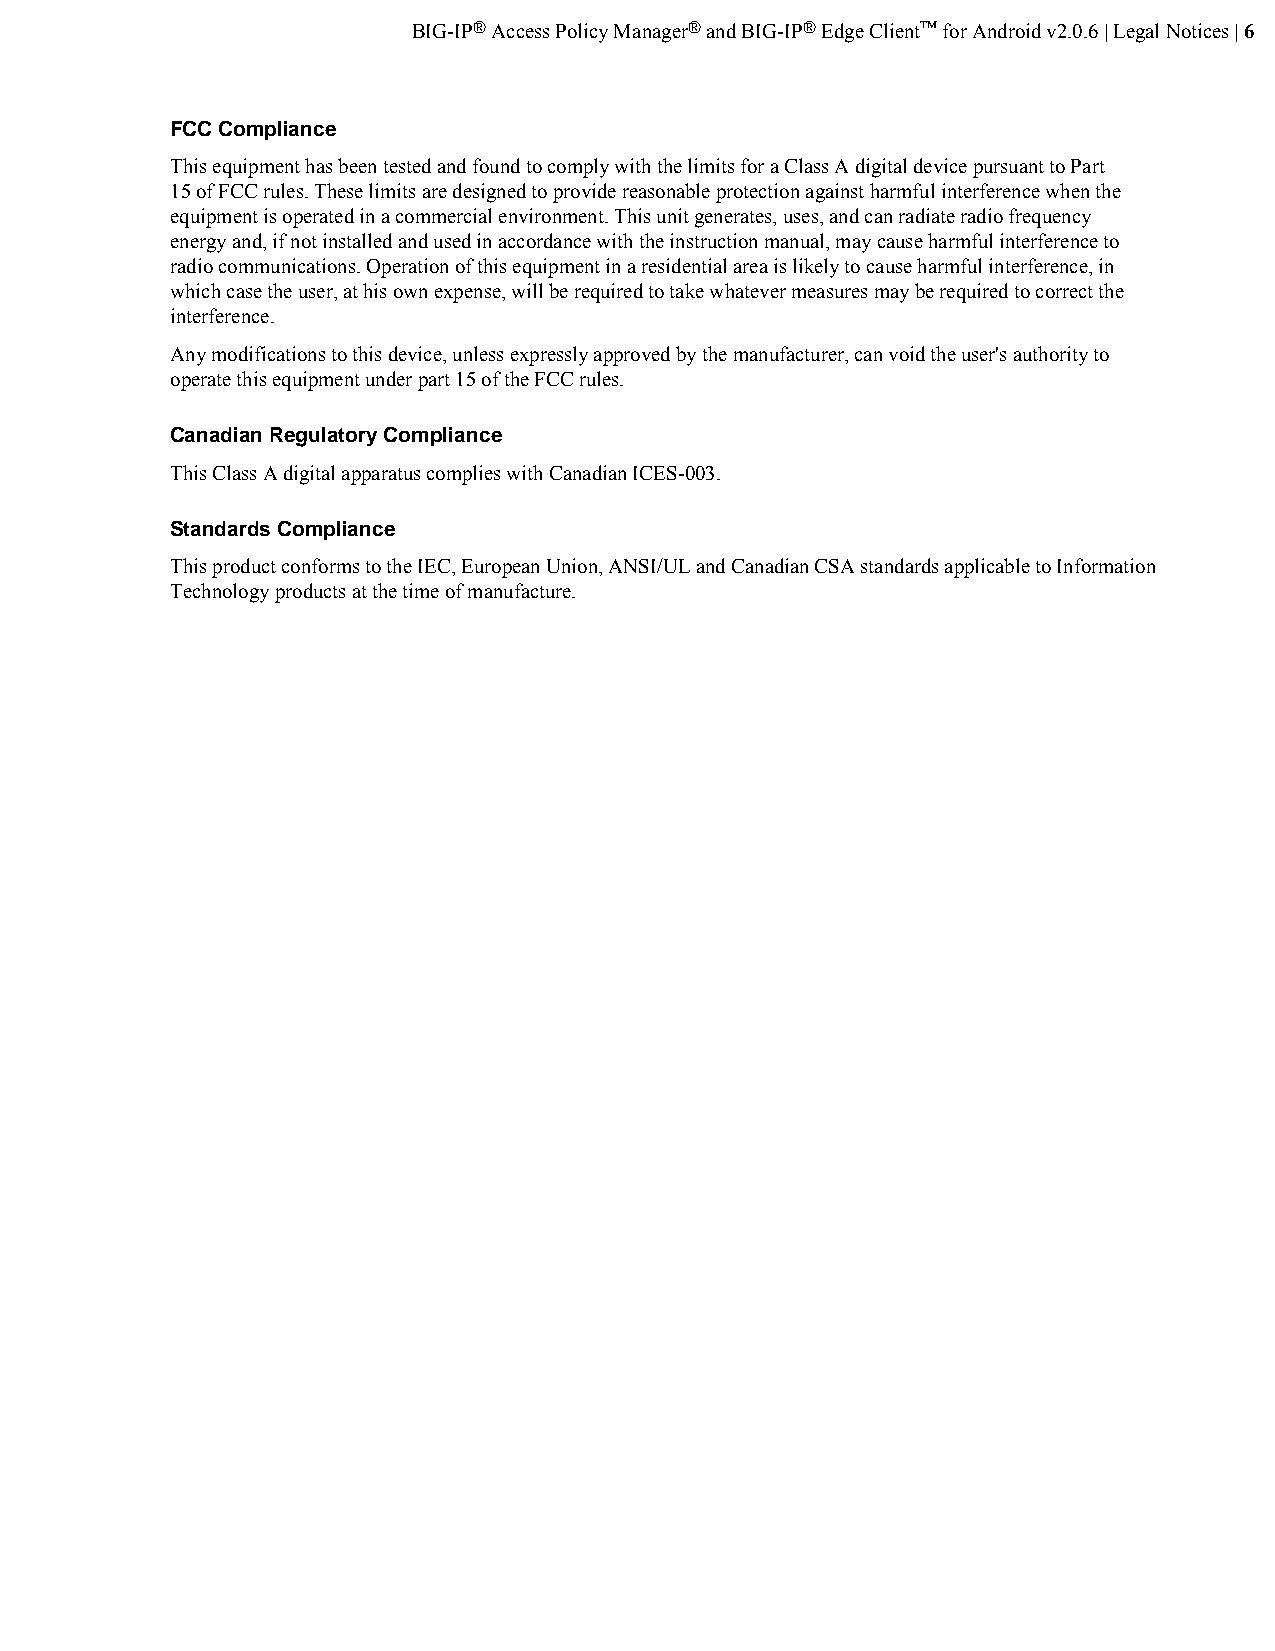
BIG-IP® Access Policy Manager® and BIG-IP® Edge Client™ for Android v2.0.6 | Legal Notices | 6
 FCC Compliance
 This equipment has been tested and found to comply with the limits for a Class A digital device pursuant to Part
 15 of FCC rules. These limits are designed to provide reasonable protection against harmful interference when the
 equipment is operated in a commercial environment. This unit generates, uses, and can radiate radio frequency
 energy and, if not installed and used in accordance with the instruction manual, may cause harmful interference to
 radio communications. Operation of this equipment in a residential area is likely to cause harmful interference, in
 which case the user, at his own expense, will be required to take whatever measures may be required to correct the
 interference.
 Any modifications to this device, unless expressly approved by the manufacturer, can void the user's authority to
 operate this equipment under part 15 of the FCC rules.
 Canadian Regulatory Compliance
 This Class A digital apparatus complies with Canadian ICES-003.
 Standards Compliance
 This product conforms to the IEC, European Union, ANSI/UL and Canadian CSA standards applicable to Information
 Technology products at the time of manufacture.